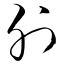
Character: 刖